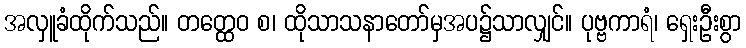
အလှူခံထိုက်သည်။ တတ္ထေဝ စ၊ ထိုသာသနာတော်မှအပ၌သာလျှင်။ ပုဗ္ဗကာရံ၊ ရှေးဦးစွာ